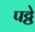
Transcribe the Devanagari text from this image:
पट्ठे